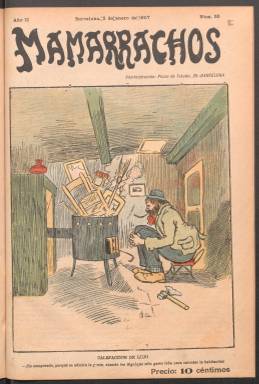
Título: Mamarrachos (Barcelona)
Colección: Revistas satíricas y humorísticas
Ámbito geográfico: Barcelona
Lugar de publicación: Barcelona
Fechas: 05/01/1907-04/05/1907